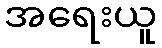
အရေးယူ